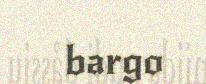
bargo